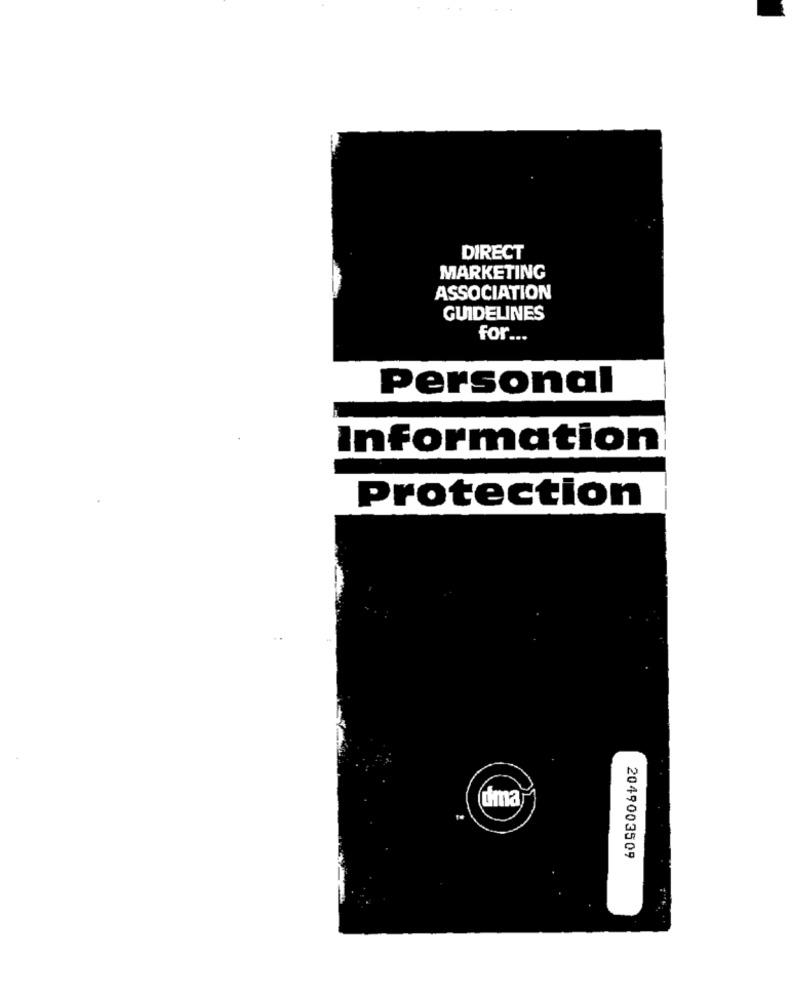
DIRECT
MARKETING
ASSOCIATION
GUIDELINES
for ...
Personal
Information
Protection
dma
2049003509